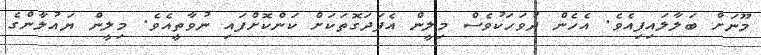
މޫނަށް ބަލާލައިފިއެވެ. އެހެން ދުވަހަކުވެސް މިލީން އެފަދަގޮތަކަށް ކަންކޮށްފައި ނުވާތީއެވެ. މިލީން ޔައުލާންގެ